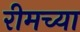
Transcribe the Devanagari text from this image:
रीमच्या